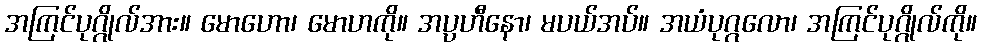
အကြင်ပုဂ္ဂိုလ်အား။ မောဟော၊ မောဟကို။ အပ္ပဟီနော၊ မပယ်အပ်။ အယံပုဂ္ဂလော၊ အကြင်ပုဂ္ဂိုလ်ကို။